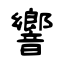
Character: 響